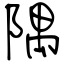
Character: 隅